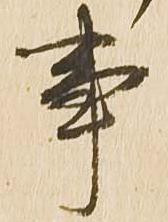
事